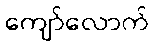
ကျော်လောက်